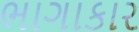
ભાગાકાર